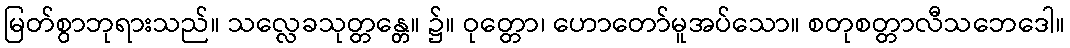
မြတ်စွာဘုရားသည်။ သလ္လေခသုတ္တန္တေ။ ၌။ ဝုတ္တော၊ ဟောတော်မူအပ်သော။ စတုစတ္တာလီသဘေဒေါ။